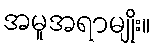
အမူအရာမျိုး။